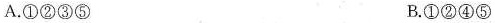
A.①②③⑤ B.①②④⑤